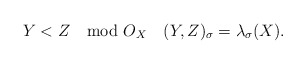
\begin{align*}Y<Z\mod O_X\ \ \ (Y,Z)_\sigma=\lambda_\sigma(X).\end{align*}